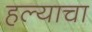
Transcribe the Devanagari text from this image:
हल्याचा